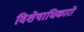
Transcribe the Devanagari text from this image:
विशेषाधिकारो